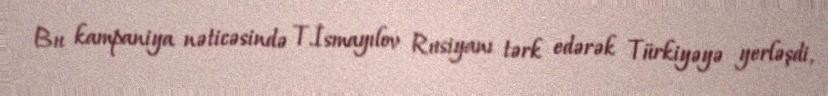
Bu kampaniya nəticəsində T.İsmayılov Rusiyanı tərk edərək Türkiyəyə yerləşdi,